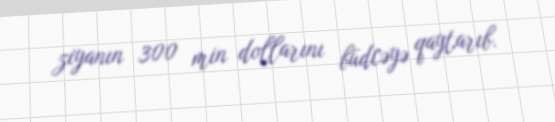
ziyanın 300 min dollarını büdcəyə qaytarıb.